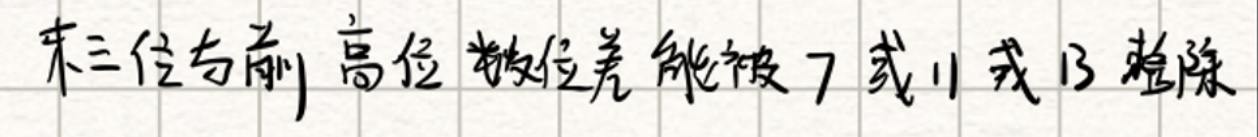
末三位与前高位数字之差能被7或11或13整除